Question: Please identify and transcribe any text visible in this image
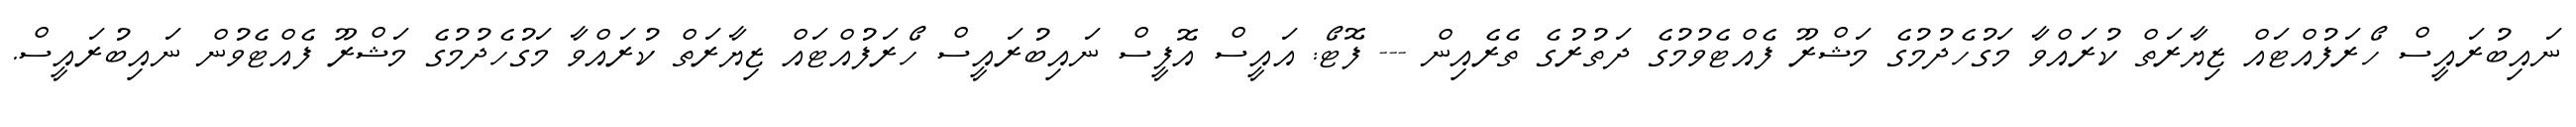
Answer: ނައިބުރައީސް ހޯރަފުއްޓައް ޒިޔާރަތް ކުރައްވާ މަގުހެދުމުގެ މަޝްރޫ ފެއްޓެވުމުގެ ދަތުރުގެ ތެރެއިން --- ފޮޓޯ: އައީސް އޮފީސް ނައިބުރައީސް ހޯރަފުއްޓައް ޒިޔާރަތް ކުރައްވާ މަގުހެދުމުގެ މަޝްރޫ ފެއްޓެވުން ނައިބުރައީސް.